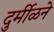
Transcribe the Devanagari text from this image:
दुर्मीळने